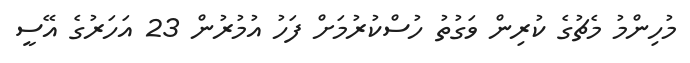
މުހިންމު މެޗުގެ ކުރިން ވަގުތު ހުސްކުރުމަށް ފަހު އުމުރުން 23 އަހަރުގެ އޭސީ